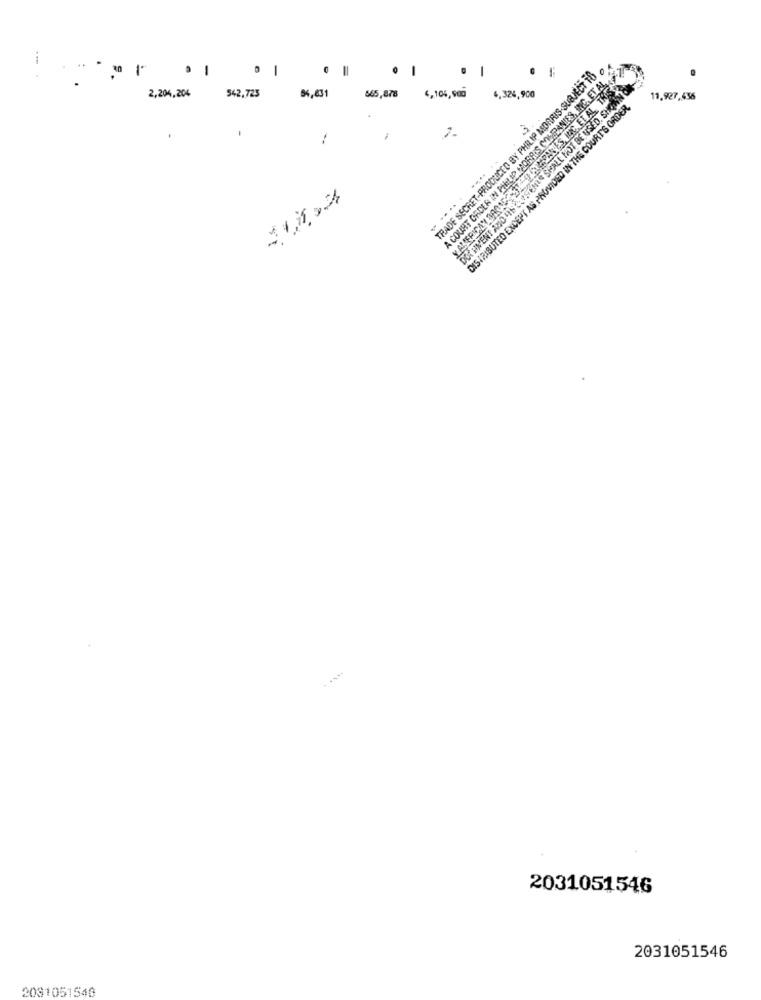
1
1
-
-
-
TRADE SECRET-PRODUCED BY PHILIP MORRIS-SUBJECT 18
A COURT ORDER IN PHILIP MORRIS COMPANIES, INC. ET AL.)
. |
. .
ENT ADO LIN LAPS EMLE SHALL NOT BE USED, SHOWN ON
2,204,204
542,723
84,631
565,878
4,104,900
DISTRIBUTED EXCEPT AS PROVIDED IN THE COURTS ORDER,
4,324,900
11.927,456
--
....
2031051546
2031051546
2081051548